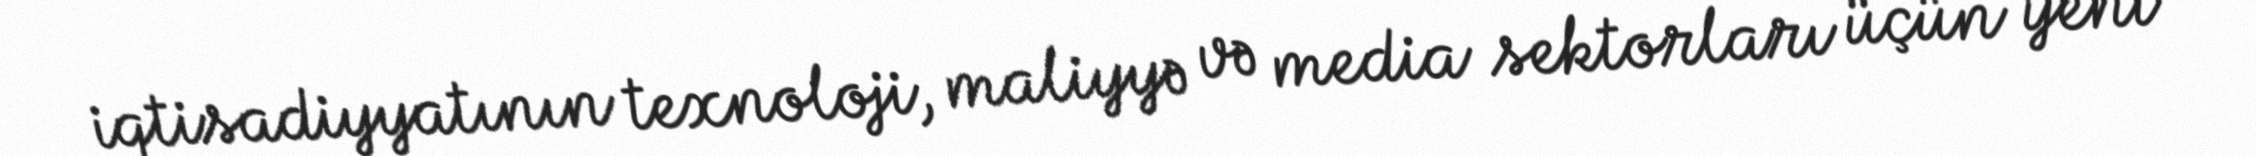
iqtisadiyyatının texnoloji, maliyyə və media sektorları üçün yeni